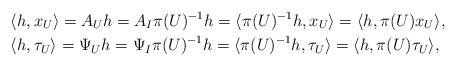
LaTeX: \begin{align*}&\langle h,x_U \rangle =A_Uh=A_I\pi(U)^{-1}h=\langle \pi(U)^{-1}h,x_U \rangle=\langle h,\pi(U)x_U \rangle,\\&\langle h,\tau_U \rangle =\Psi_Uh=\Psi_I\pi(U)^{-1}h=\langle \pi(U)^{-1}h,\tau_U \rangle=\langle h,\pi(U)\tau_U \rangle,\end{align*}